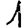
Digit: 1